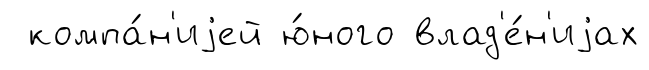
компа́н'иjей ю́ного влад'е́н'иjах